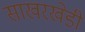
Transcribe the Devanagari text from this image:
साखरखेडी